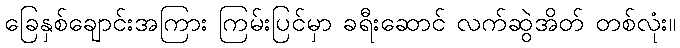
ခြေနှစ်ချောင်းအကြား ကြမ်းပြင်မှာ ခရီးဆောင် လက်ဆွဲအိတ် တစ်လုံး။